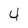
Character: 4